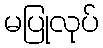
မပြုလုပ်